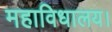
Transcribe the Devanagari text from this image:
महाविधालय।